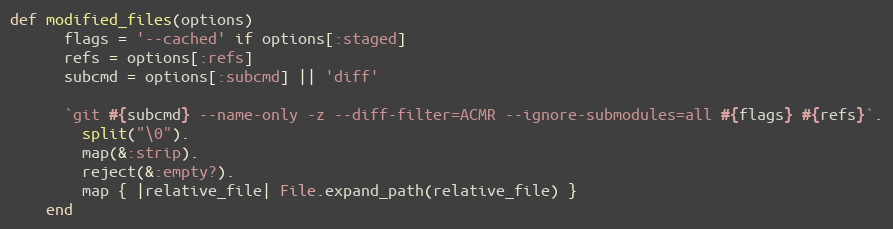
Language: Ruby
def modified_files(options)
      flags = '--cached' if options[:staged]
      refs = options[:refs]
      subcmd = options[:subcmd] || 'diff'

      `git #{subcmd} --name-only -z --diff-filter=ACMR --ignore-submodules=all #{flags} #{refs}`.
        split("\0").
        map(&:strip).
        reject(&:empty?).
        map { |relative_file| File.expand_path(relative_file) }
    end